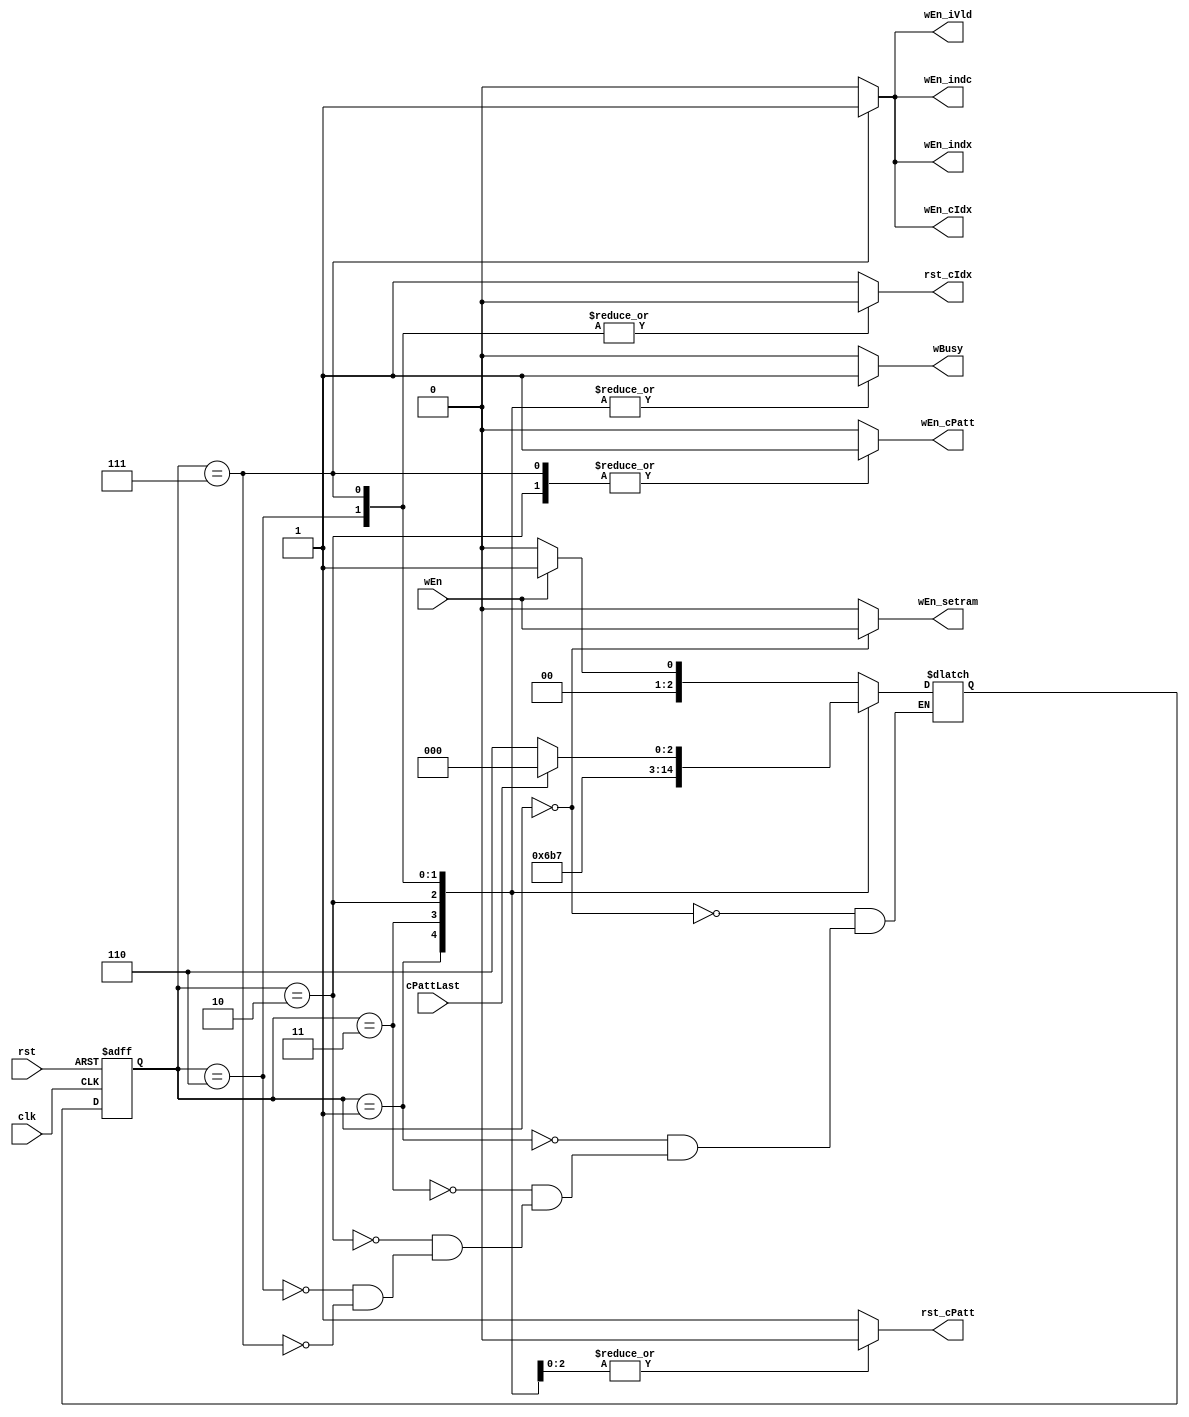
module camctl
 #( parameter  PWRT = 1  ) // pipelined writes?
  ( input      clk       , // clock                              
    input      rst       , // global registers reset             
    input      wEn       , // global CAM write enable            
    input      cPattLast , // last pattern of pattern counter    
    output reg wEn_iVld  , // write enable / indicator valid RAM 
    output reg wEn_indx  , // write enable / indicator index RAM 
    output reg wEn_indc  , // write enable / full indicators MLABs
    output reg wEn_setram, // write enable / setram              
    output reg rst_cIdx  , // async reset  index counter/rrbcam  
    output reg wEn_cIdx  , // write enable index counter/rrbcam  
    output reg rst_cPatt , // async reset  / pattern counter     
    output reg wEn_cPatt , // write enable / pattern counter     
    output reg wBusy     );  // write busy                         

       
  // state declaration
  reg [2:0] curS, nxtS;
  localparam IDLE = 3'b000; // idle state
  localparam MEMW = 3'b001; // setram write
  localparam MEMR = 3'b011; // setram read
  localparam PREC = 3'b010; // pre-count
  localparam CNT1 = 3'b110; // pattern count (& tram write)
  localparam CNT2 = 3'b111; // pattern count (& tram write)

  // synchronous process
  always @(posedge clk, posedge rst)
    if (rst) curS <= IDLE;
    else     curS <= nxtS;

  // combinatorial process
  always @(*) begin
    // initial outputs
    wEn_iVld   = 1'b0; 
    wEn_indx   = 1'b0;
    wEn_indc   = 1'b0;
    wEn_setram = 1'b0;
    wEn_cIdx   = 1'b0;
    wEn_cPatt  = 1'b0;
    wBusy      = 1'b0;
    rst_cIdx   = 1'b1;
    rst_cPatt  = 1'b1;
    case (curS)
      IDLE: begin
              nxtS       = wEn ? MEMW : IDLE;
              wEn_setram = wEn ;
            end
      MEMW: begin
              nxtS       = MEMR;
              wEn_setram = 1'b0;
              wBusy      = 1'b1;
            end
      MEMR: begin
              nxtS       = PWRT ? PREC : CNT2;
              wBusy      = 1'b1;
            end
      PREC: begin
              nxtS       = CNT1;
              wBusy      = 1'b1;
              wEn_cPatt  = 1'b1;
              rst_cPatt  = 1'b0;
            end
      CNT1: begin
              nxtS       = CNT2;
              wBusy      = 1'b1;
              rst_cIdx   = 1'b0;
              rst_cPatt  = 1'b0;
            end
      CNT2: begin
              nxtS       = cPattLast ? IDLE : (PWRT ? CNT1 : CNT2);
              wEn_iVld   = 1'b1;
              wEn_indx   = 1'b1;
              wEn_indc   = 1'b1;
              wEn_cIdx   = 1'b1;
              wEn_cPatt  = 1'b1;
              wBusy      = 1'b1;
              rst_cIdx   = 1'b0;
              rst_cPatt  = 1'b0;
            end
    endcase
  end

endmodule